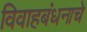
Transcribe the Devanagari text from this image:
विवाहबंधनाचे